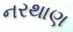
નરથાણ